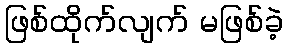
ဖြစ်ထိုက်လျက် မဖြစ်ခဲ့